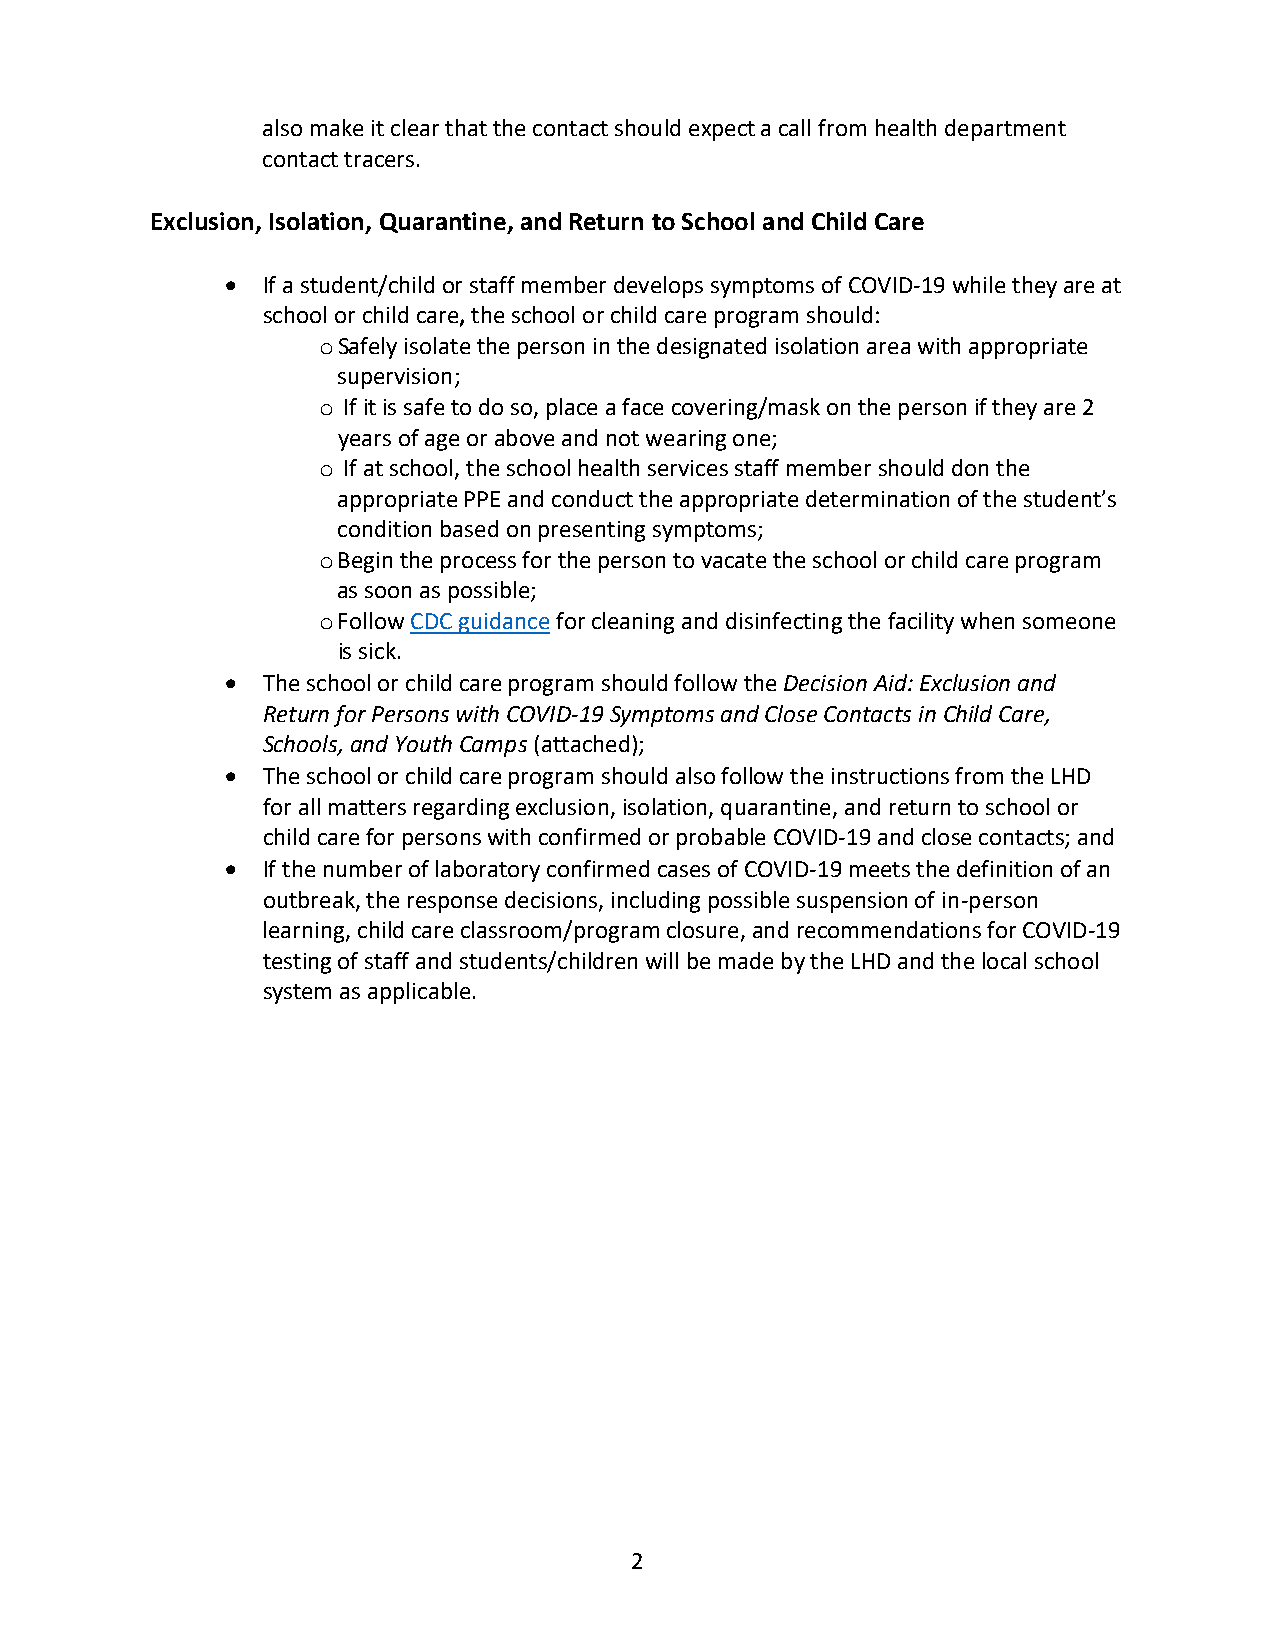
also make it clear that the contact should expect a call from health department
 contact tracers.
 Exclusion, Isolation, Quarantine, and Return to School and Child Care
 • If a student/child or staff member develops symptoms of COVID-19 while they are at
 school or child care, the school or child care program should:
 Safely isolate the person in the designated isolation area with appropriate
 o
 supervision;
 If it is safe to do so, place a face covering/mask on the person if they are 2
 o
 years of age or above and not wearing one;
 If at school, the school health services staff member should don the
 o
 appropriate PPE and conduct the appropriate determination of the student’s
 condition based on presenting symptoms;
 Begin the process for the person to vacate the school or child care program
 o
 as soon as possible;
 Follow CDC guidance for cleaning and disinfecting the facility when someone
 o
 is sick.
 • The school or child care program should follow the Decision Aid: Exclusion and
 Return for Persons with COVID-19 Symptoms and Close Contacts in Child Care,
 Schools, and Youth Camps (attached);
 • The school or child care program should also follow the instructions from the LHD
 for all matters regarding exclusion, isolation, quarantine, and return to school or
 child care for persons with confirmed or probable COVID-19 and close contacts; and
 • If the number of laboratory confirmed cases of COVID-19 meets the definition of an
 outbreak, the response decisions, including possible suspension of in-person
 learning, child care classroom/program closure, and recommendations for COVID-19
 testing of staff and students/children will be made by the LHD and the local school
 system as applicable.
 2